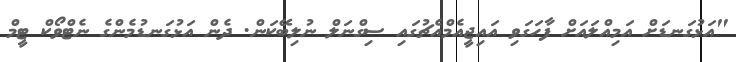
"އަޅުގަނޑަށް އަމިއްލައަށް ފާހަގަވި އައިޖީއެމްއެޗުގައި ސިގްނަލް ނުލިބޭކަން. ދެން އަޅުގަނޑުމެންގެ ނެޓްވޯކް ޓީމް